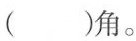
( )角。